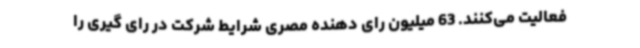
فعالیت می‌کنند. 63 میلیون رای دهنده مصری شرایط شرکت در رای گیری را